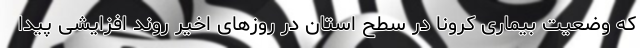
که وضعیت بیماری کرونا در سطح استان در روزهای اخیر روند افزایشی پیدا